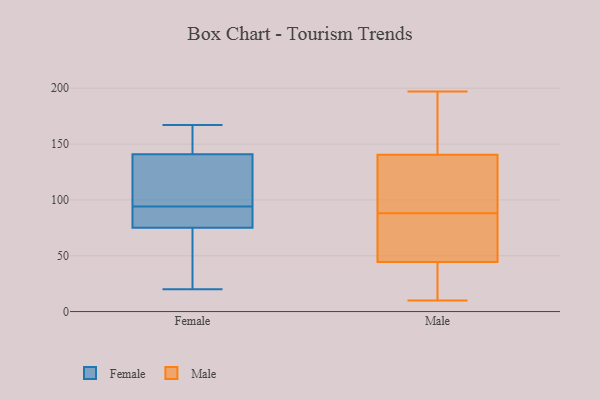
{"axis": {"x": "Headcount", "y": "Value"}, "legend": ["Female", "Male"], "data": [{"x": "", "y": 54, "type": "Female"}, {"x": "", "y": 75, "type": "Female"}, {"x": "", "y": 167, "type": "Female"}, {"x": "", "y": 93, "type": "Female"}, {"x": "", "y": 119, "type": "Female"}, {"x": "", "y": 23, "type": "Female"}, {"x": "", "y": 141, "type": "Female"}, {"x": "", "y": 82, "type": "Female"}, {"x": "", "y": 90, "type": "Female"}, {"x": "", "y": 95, "type": "Female"}, {"x": "", "y": 133, "type": "Female"}, {"x": "", "y": 122, "type": "Female"}, {"x": "", "y": 166, "type": "Female"}, {"x": "", "y": 158, "type": "Female"}, {"x": "", "y": 85, "type": "Female"}, {"x": "", "y": 35, "type": "Female"}, {"x": "", "y": 20, "type": "Female"}, {"x": "", "y": 152, "type": "Female"}, {"x": "", "y": 10, "type": "Male"}, {"x": "", "y": 37, "type": "Male"}, {"x": "", "y": 48, "type": "Male"}, {"x": "", "y": 52, "type": "Male"}, {"x": "", "y": 120, "type": "Male"}, {"x": "", "y": 41, "type": "Male"}, {"x": "", "y": 155, "type": "Male"}, {"x": "", "y": 18, "type": "Male"}, {"x": "", "y": 82, "type": "Male"}, {"x": "", "y": 156, "type": "Male"}, {"x": "", "y": 101, "type": "Male"}, {"x": "", "y": 197, "type": "Male"}, {"x": "", "y": 126, "type": "Male"}, {"x": "", "y": 186, "type": "Male"}, {"x": "", "y": 63, "type": "Male"}, {"x": "", "y": 94, "type": "Male"}]}